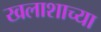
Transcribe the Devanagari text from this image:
खलाशाच्या